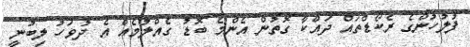
ފުލުހުންގެ ރެކޯޑްތައް ދައްކާ ގޮތުން އެންމެ ބޮޑު ގެއްލުމެއް އެ ދުވަހު ލިބުނީ